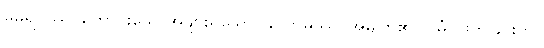
မဓုရဂ္ဂဿ၊ ကောင်းသောအဖျားရှိသော။ ကောဓဿ၊ အမျက်၏။ ဝဓံ၊ ဖြတ်ခြင်းကို။